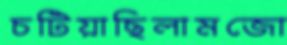
চটিয়াছিলামজো